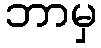
ဘာမှ